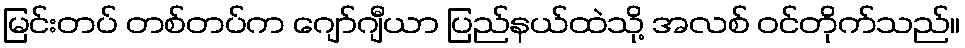
မြင်းတပ် တစ်တပ်က ဂျော်ဂျီယာ ပြည်နယ်ထဲသို့ အလစ် ဝင်တိုက်သည်။